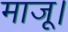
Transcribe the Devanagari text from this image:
माजू।